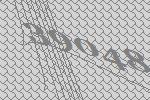
39048